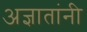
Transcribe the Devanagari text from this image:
अज्ञातांनी